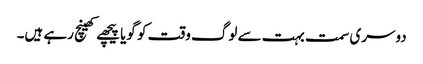
دوسری سمت بہت سے لوگ وقت کو گویا پیچھے کھینچ رہے ہیں۔